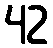
42